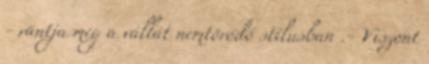
- rántja meg a vállát nemtörődő stílusban .- Viszont